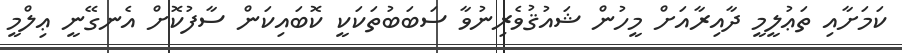
ކަމަށާއި ތަޢުލީމީ ދާއިރާއަށް މީހުން ޝައުޤުވެރިނުވާ ސަބަބުތަކަކީ ކޮބައިކަން ސާފުކޮށް އެނގޭނީ ޢިލްމީ